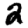
Digit: 2